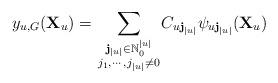
LaTeX: \begin{align*}y_{u,G}(\mathbf{X}_{u})={\displaystyle \sum_{{\textstyle {\mathbf{j}_{|u|}\in\mathbb{N}_{0}^{|u|}\atop j_{1},\cdots,j_{|u|}\neq0}}}}C_{u\mathbf{j}_{|u|}}\psi_{u\mathbf{j}_{|u|}}(\mathbf{X}_{u})\end{align*}